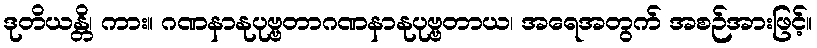
ဒုတိယန္တိ၊ ကား။ ဂဏနာနုပုဗ္ဗတာဂဏနာနုပုဗ္ဗတာယ၊ အရေအတွက် အစဉ်အားဖြင့်။